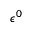
\epsilon ^ { 0 }